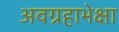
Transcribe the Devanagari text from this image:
अवग्रहाभेक्षा